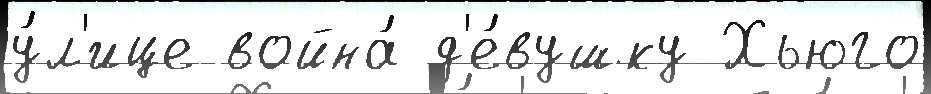
у́л'ице война́ д'е́вушку Хьюго